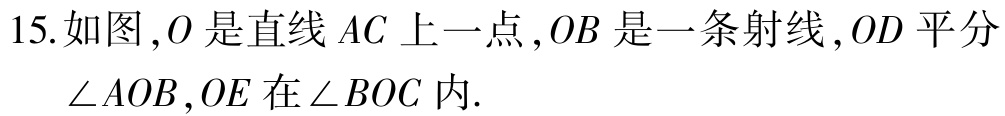
15.如图，\(O\)是直线\(AC\)上一点，\(OB\)是一条射线，\(OD\)平分\(\angle AOB\)，\(OE\)在\(\angle BOC\)内.